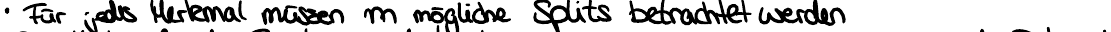
Für jedes Merkmal müssen m mögliche Splits betrachtet werden